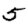
Digit: 5